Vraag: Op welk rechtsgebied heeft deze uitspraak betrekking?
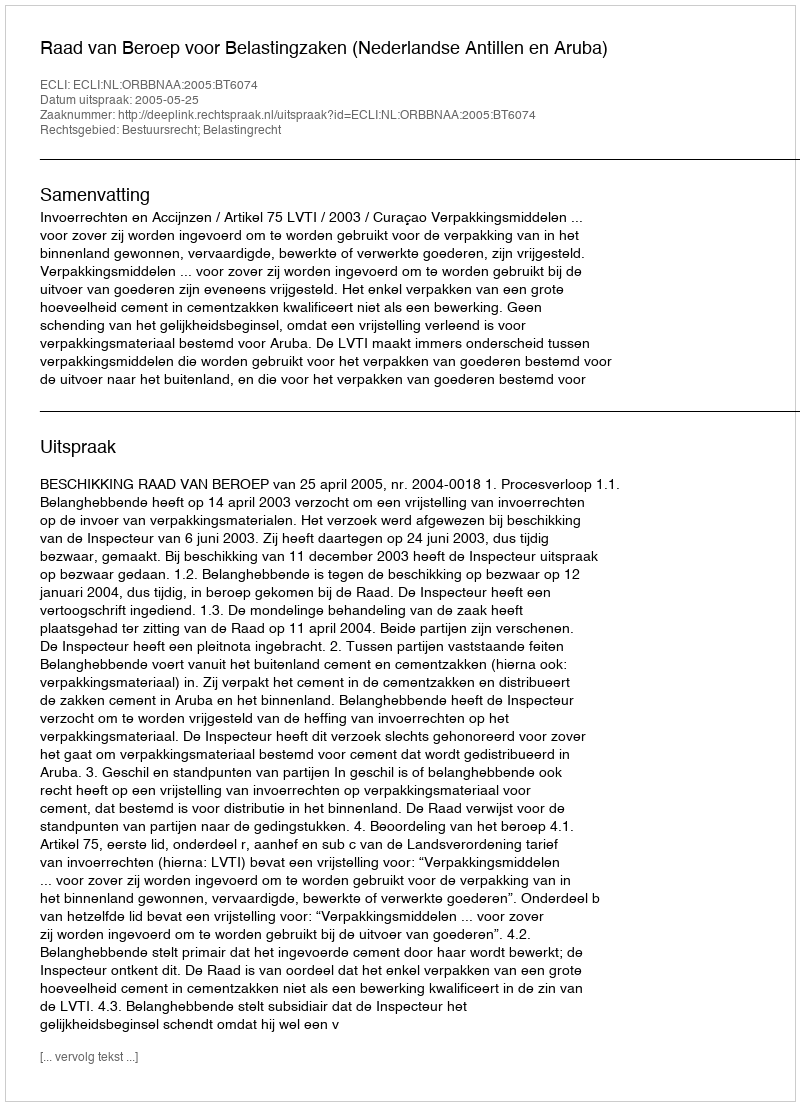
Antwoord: Bestuursrecht; Belastingrecht